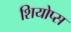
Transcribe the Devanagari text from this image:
शियोप्‍स